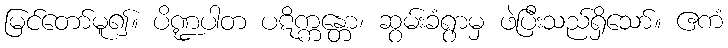
မြင်တော်မူ၍။ ပိဏ္ဍပါတ ပဋိက္ကန္တော၊ ဆွမ်းခံရွာမှ ဖဲပြီးသည်ရှိသော်။ ဧကံ